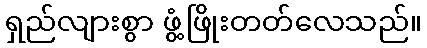
ရှည်လျားစွာ ဖွံ့ဖြိုးတတ်လေသည်။